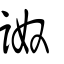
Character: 詉